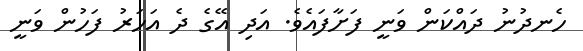
ހެނދުނު ދައްކަން ވަނީ ފަށާފައެވެ. އަދި އޭގެ ދެ އަހަރު ފަހުން ވަނީ